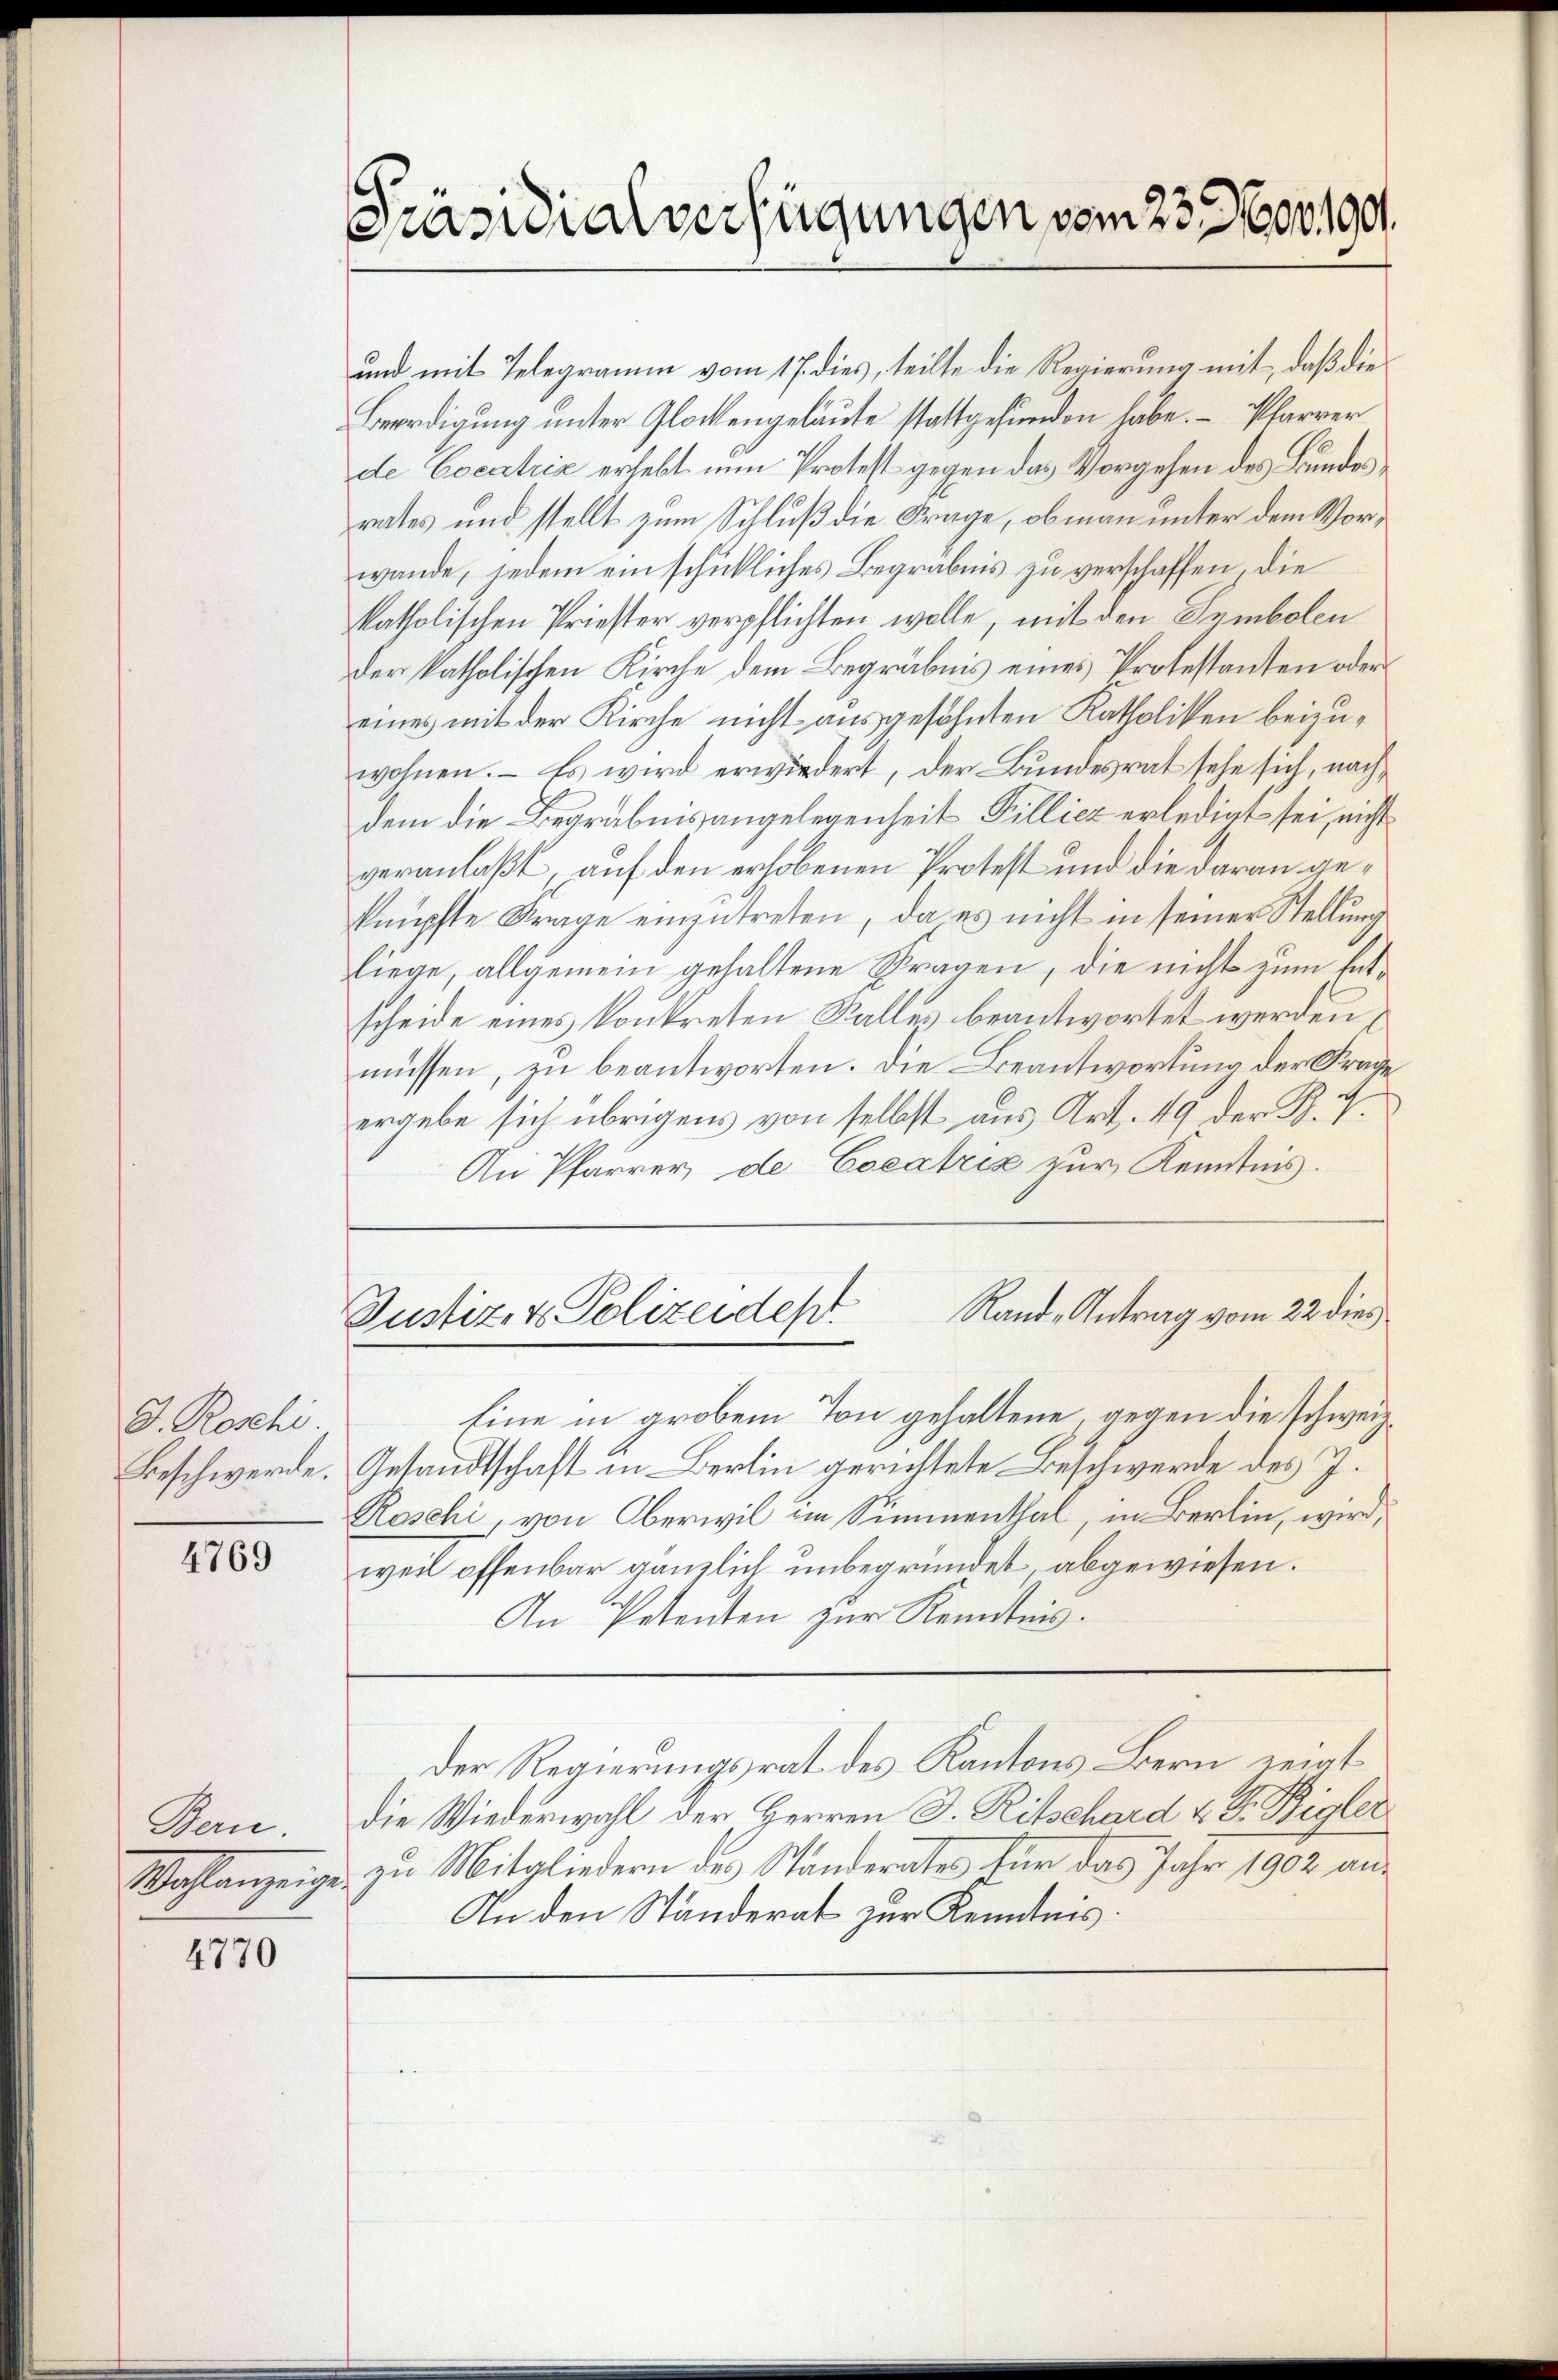
G. Roschi
Beschwerde.

4769

Bern.

4770

Präsidialverfügungen vom 23. Moor 1901.

und mit Telegramm vom 17. dies, teilte die Regierung mit, daß die
Beerdigung unter Glockengelaute stattgefunden habe.  Pfarrer
de Cocatriz erhebt nun Protest gegen das Vorgehen des Bundes
rates und stellt zum Schluß die Frage, ob man unter dem Vorwande, jedem ein schickliches Begräbnis zu verschaffen, die
katholischen Priester verpflichten wolle, mit den Symbolen
der katholischen Kirche dem Begräbnis eines Protestanten oder
eines mit der Kirche nicht ausgesöhnten Katholiken beizuwohnen. – Es wird erwiedert, der Bundesrat sehe sich, nachdem die Begräbnis angelegenheit Pillicz erledigt sei, nicht
veranlaßt, auf den erhobenen Protest und die daran geknüpfte Frage einzutreten, da es nicht in seiner Stellung
liege, allgemein gehaltene Stragen, die nicht zum Entscheide eines konkreten Kalles beantwortet werden,
müssen, zu beantworten. Die Beantwortung der Frage
ergebe sich übrigens von selbst aus Art. 49 der B. 4.
An Pfarrer, de Cocatriz zur Kenntnis.
Rand Antrag vom 22. dies
Justiz- & Polizeides.
Eine in grobem Ton gehaltene gegen die schweiz.
Gesandtschaft in Berlin gerichtete Beschwerde des J.
Roschi, von Oberwil im Simmenthal, in Berlin, wird,
weil offenbar gänzlich unbegründet, abgewiesen.
An Petenten zur Kenntnis.
Der Regierungsrat des Kantons Bern zeigt
die Wiederwahl der Herren J. Ritschard u. S. Rigler
Wahlanzeige zu Mitgliedern der Ständerates für das Jahr 1902 aus
An den Ständerat zur Kenntnis.